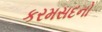
કરમસદનો